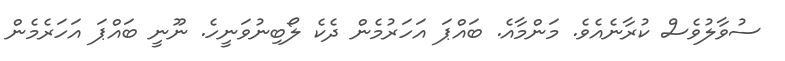
ސުވާލުވެސް ކުރާނެއެވެ. މަންމާއެ. ބައްޕަ އަހަރުމެން ދެކެ ލޯބިނުވަނީހެ. ނޫނީ ބައްޕަ އަހަރެމެން